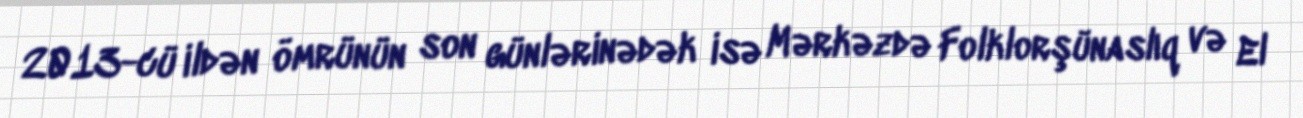
2013-cü ildən ömrünün son günlərinədək isə Mərkəzdə Folklorşünaslıq və El